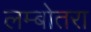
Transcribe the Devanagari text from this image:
लम्बोतरा